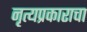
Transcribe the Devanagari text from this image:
नृत्यप्रकाराचा